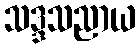
သဒ္ဒသညာယ